Newspaper: Evening capital.
Place of publication: Annapolis, Md.
Publisher: W.M. Abbott
Date: 1885-04-20 00:00:00
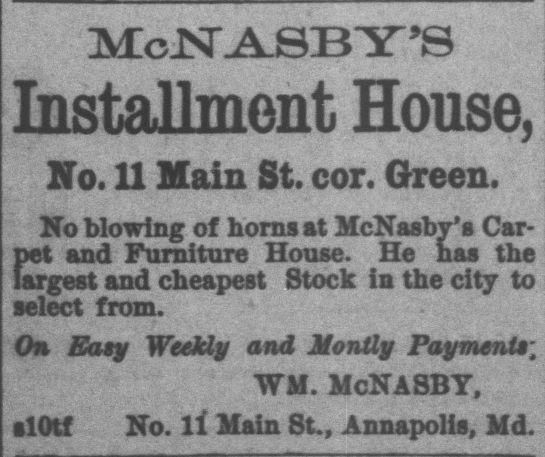
Advertisement text (OCR):
McJSTA.SBY’S Installment House, No. U Main St. cor. Green. No blowing of horns at McNasby's Car pet and Furniture House. He has the largest and cheapest Stock in the city to select from. On Easy Weekly and Monily Payment*, WM. McNASBY, slOtf No. ll Main St., Annapolis, Md.
Label: text-only